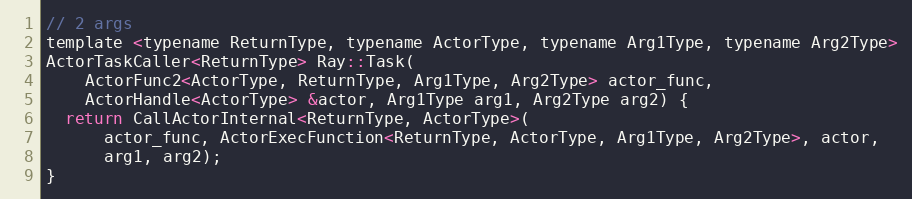
Language: C
// 2 args
template <typename ReturnType, typename ActorType, typename Arg1Type, typename Arg2Type>
ActorTaskCaller<ReturnType> Ray::Task(
    ActorFunc2<ActorType, ReturnType, Arg1Type, Arg2Type> actor_func,
    ActorHandle<ActorType> &actor, Arg1Type arg1, Arg2Type arg2) {
  return CallActorInternal<ReturnType, ActorType>(
      actor_func, ActorExecFunction<ReturnType, ActorType, Arg1Type, Arg2Type>, actor,
      arg1, arg2);
}